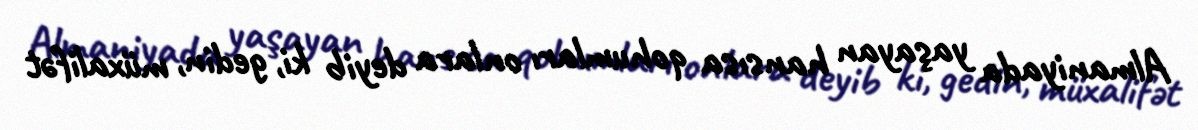
Almaniyada yaşayan hansısa qohumları onlara deyib ki, gedin, müxalifət